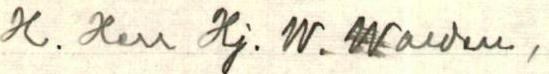
H. Herr Hj. W. Walden,